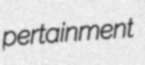
pertainment